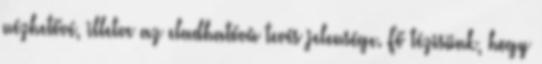
nézhetővé, illetve az eladhatóvá tevés jelensége. Fő tézisünk, hogy